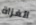
الغزاة